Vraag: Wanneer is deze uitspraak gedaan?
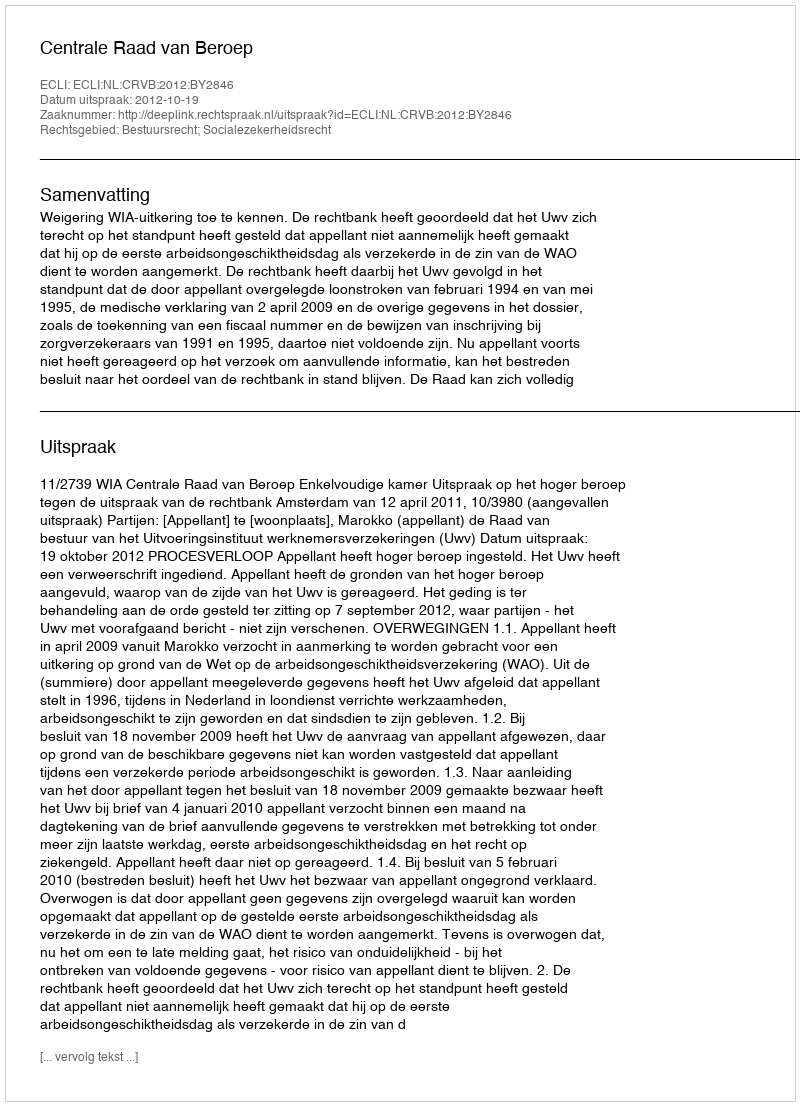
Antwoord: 2012-10-19